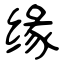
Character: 缘